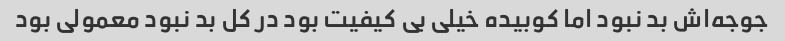
جوجه‌اش بد نبود اما کوبیده خیلی بی کیفیت بود در کل بد نبود معمولی بود